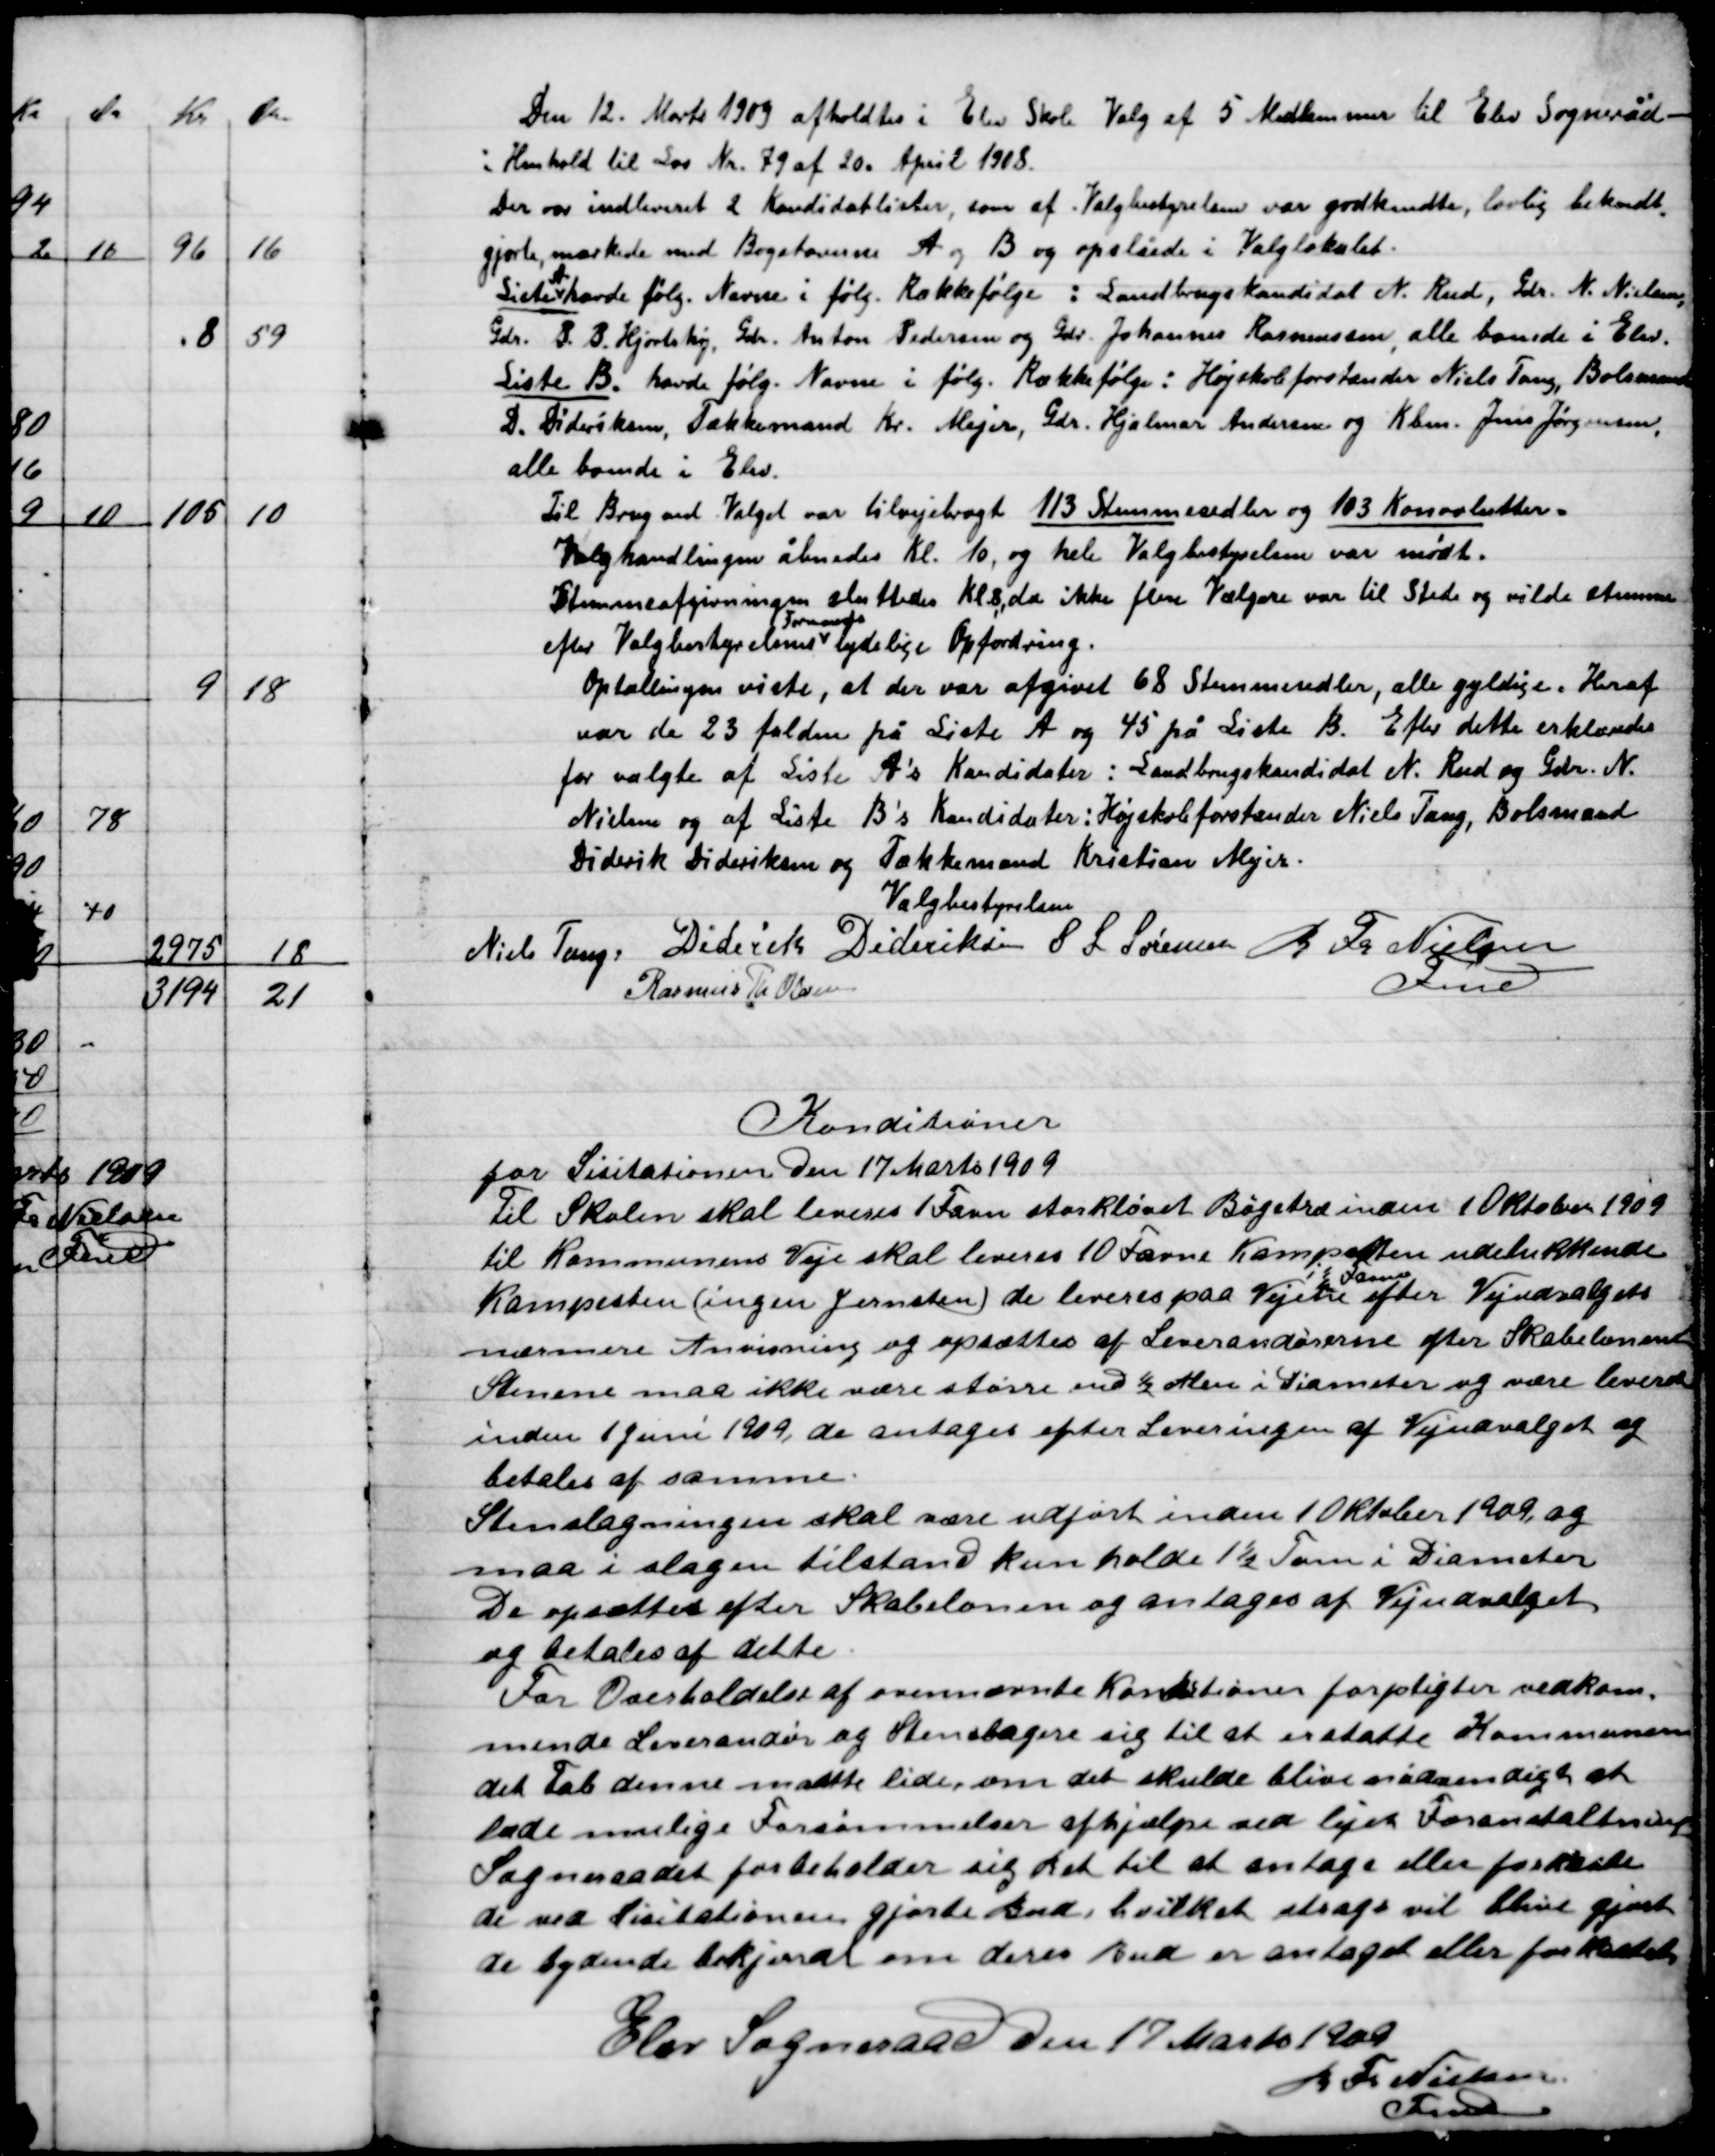
Transskription:
Den 12. Marts 1909 afholdtes i Elev Skole Valg af 5 Medlemmer til Elev Sogneråd
I Henhold til Lov Nr. 79 af 20. April 1908.
Der var indleveret 2 Kandidatlister, som af Valgbestyrelsen var godkendte, lovlig bekendt
gjorte, mærkede med Bogstaverne A og B og opslået i Valglokalet.
Liste
A.
havde følg. Navne i følg. Rækkefølge: Landbrugskandidat N. Rud, Gdr. N. Nielsen
Gdr. S.B. Hjortshøj, Gdr. Anton Pedersen og Gdr. Johannes Rasmussen alle boende i Elev.
Liste B. havde følg. Navne i følg. Rækkefølge; Højskoleforstander Niels Tang, Bolsmand
D. Dideriksen, Tækkemand Kr. Meyer, Gdr. Hjalmar Andersen og Kbm. Jens Jørgensen,
alle boende i Elev.
Til Brug ved Valget var tilvejebragt 113 Stemmesedler og 103 Konvolutter.
Valghandlingen åbnedes Kl. 10, og hele Valgbestyrelsen var mødt.
Stemmeafgivelsen sluttedes Kl. 8, da ikke flere vælgere var til Stede og vilde stemme
efter Valgbestyrelsens
formands
tydelige Opfordring.
Optællingen viste, at der var afgivet 68 Stemmesedler, alle gyldige. Heraf
var de 23 falden på Liste A og 45 på Liste B. Efter dette erklæredes
for valgte af Liste A´s Kandidater:  Landbrugskandidat N. Rud og Gdr. N.
Nielsen og af Liste B´s Kandidater:  Højskoleforstander Niels Tang, Bolsmand
 Diderik Dideriksen og Tækkemand Kristan Mejer.

Valgbestyrelsen

Niels Tang
Diderik Dideriksen
S.L. Sørensen
Rasmus Th. Olsen
R. Fr. Nielsen
Fmd.

Konditioner
For Licitationen den 17. Marts 1909.
Til Skolen skal leveres 1 Favn stor Kløvet bøgebrænde inden 1 Oktober 1909.
Til Kommunens Veje skal leveres 10 Favn Kampesten udelukkende
Kampesten (ingen Jærnsten) de leveres paa Vejen
i favne
efter Vejudvalget
Nærmere Anvisning og opsættes af Leverandørerne efter skabeloner
Stenene må ikke være større end ½ Alen i Diameter og være leverede
Inden 1 Juni 1909, de antages efter Leveringen af Vejudvalget og
betales af samme.
Stenslagningen skal være udført inden 10 Oktober 1909 og
maa i slagen tilstand Kun holde 1½ Tom i Diameter
De opsættes efter Skabeloner og anlægges af Vejudvalget
og betales af dette.
For Overholdelse af ovennævnte Kondition forpligter vedkom-
mende Leverandør og Stenslagere sig til at erstatte Kommunen
det Tab denne måtte lide, om det skulde blive nødvendigt at
lade mulige forsømmelser afhjælpe ved lejes Foranstaltninger
Sogneraadet forbeholder sig Ret til at antage eller forkaste
de ved Licitationen gjorte Bud, hvilket straks vil blive gjort
de bydende bekjendt om deres Bud er antaget eller forkastet.

Elev Sogneraad den 17. Marts 1909.

R. Fr. Nielsen
Fmd.